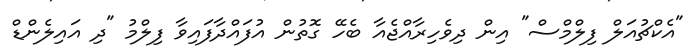
"އެކްޗުއަލް ފިލްމްސް" އިން ދިވެހިރާއްޖެއާ ބެހޭ ގޮތުން އުފައްދާފައިވާ ފިލްމު "ދި އައިލެންޑް